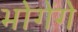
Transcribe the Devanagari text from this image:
भोगेंगे